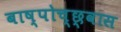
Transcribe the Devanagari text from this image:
बाष्पोच्छ्‌वास